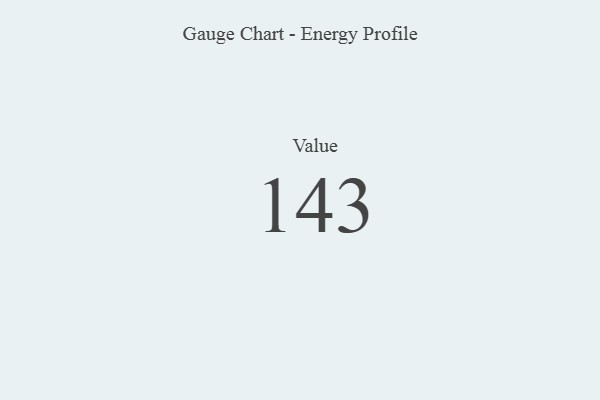
{"axis": {"x": "Metric", "y": "Value"}, "legend": [""], "data": [{"x": "Value", "y": 143, "type": ""}]}